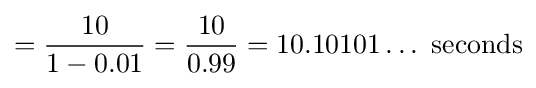
={\frac {10}{1-0.01}}={\frac {10}{0.99}}=10.10101\ldots {\text{ seconds}}